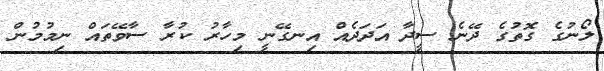
ލޯނުގެ ގޮތުގެ ދޭނެ ސީދާ އަދަދެއް އިނގޭނީ މިހާރު ކުރާ ސާވޭތައް ނިމުމުން